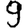
Digit: 9